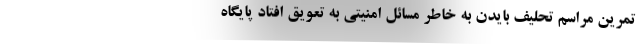
تمرین مراسم تحلیف بایدن به خاطر مسائل امنیتی به تعویق افتاد پایگاه